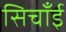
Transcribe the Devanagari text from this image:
सिचाँई